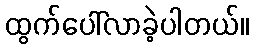
ထွက်ပေါ်လာခဲ့ပါတယ်။